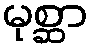
မုစ္ဆာ